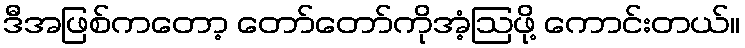
ဒီအဖြစ်ကတော့ တော်တော်ကိုအံ့ဩဖို့ ကောင်းတယ်။